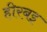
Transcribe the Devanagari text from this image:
हीरबइ